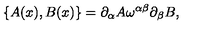
\{ A ( x ) , B ( x ) \} = \partial _ { \alpha } A \omega ^ { \alpha \beta } \partial _ { \beta } B ,